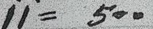
11 = 500